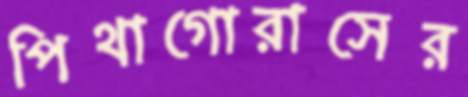
পিথাগোরাসের